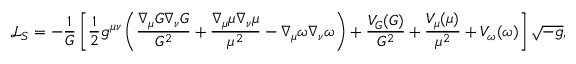
{ \mathcal { L } } _ { S } = - { \frac { 1 } { G } } \left[ { \frac { 1 } { 2 } } g ^ { \mu \nu } \left( { \frac { \nabla _ { \mu } G \nabla _ { \nu } G } { G ^ { 2 } } } + { \frac { \nabla _ { \mu } \mu \nabla _ { \nu } \mu } { \mu ^ { 2 } } } - \nabla _ { \mu } \omega \nabla _ { \nu } \omega \right) + { \frac { V _ { G } ( G ) } { G ^ { 2 } } } + { \frac { V _ { \mu } ( \mu ) } { \mu ^ { 2 } } } + V _ { \omega } ( \omega ) \right] { \sqrt { - g } } ,